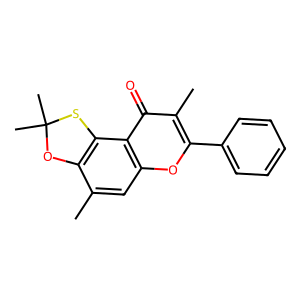
SMILES: Cc1cc2oc(-c3ccccc3)c(C)c(=O)c2c2c1OC(C)(C)S2
Inhibits HIV replication: No